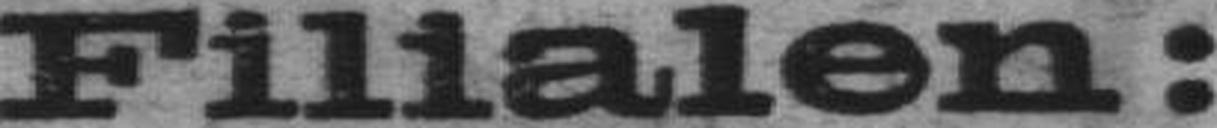
Filialen: